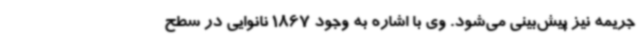
جریمه نیز پیش‌بینی می‌شود. وی با اشاره به وجود 1867 نانوایی در سطح